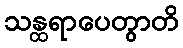
သန္ထရာပေတွာတိ